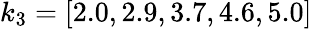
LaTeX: k_{3}=[2.0,2.9,3.7,4.6,5.0]